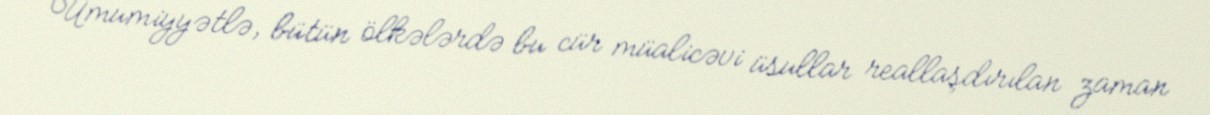
Ümumiyyətlə, bütün ölkələrdə bu cür müalicəvi üsullar reallaşdırılan zaman